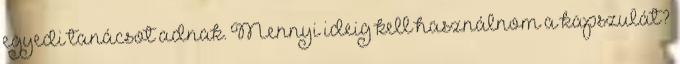
egyedi tanácsot adnak. Mennyi ideig kell használnom a kapszulát?